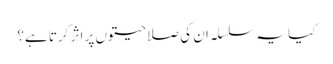
کیا یہ سلسلہ ان کی صلاحیتوں پر اثر کرتا ہے؟